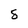
Character: 8